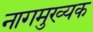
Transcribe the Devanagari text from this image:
नागमुख्यक